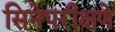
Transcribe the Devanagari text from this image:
सिनेपरीक्षणे